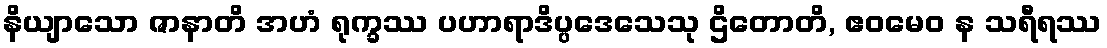
နိယျာသော ဇာနာတိ အဟံ ရုက္ခဿ ပဟာရာဒိပ္ပဒေသေသု ဌိတောတိ, ဧဝမေဝ န သရီရဿ